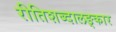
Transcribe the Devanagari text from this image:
रीतिशब्दालङ्कार